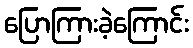
ပြောကြားခဲ့ကြောင်း